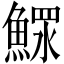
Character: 𩹌